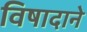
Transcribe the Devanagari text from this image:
विषादाने